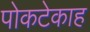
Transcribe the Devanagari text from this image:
पोकटेकाह